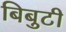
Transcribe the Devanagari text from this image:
बिबुटी